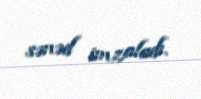
sənəd imzaladı.